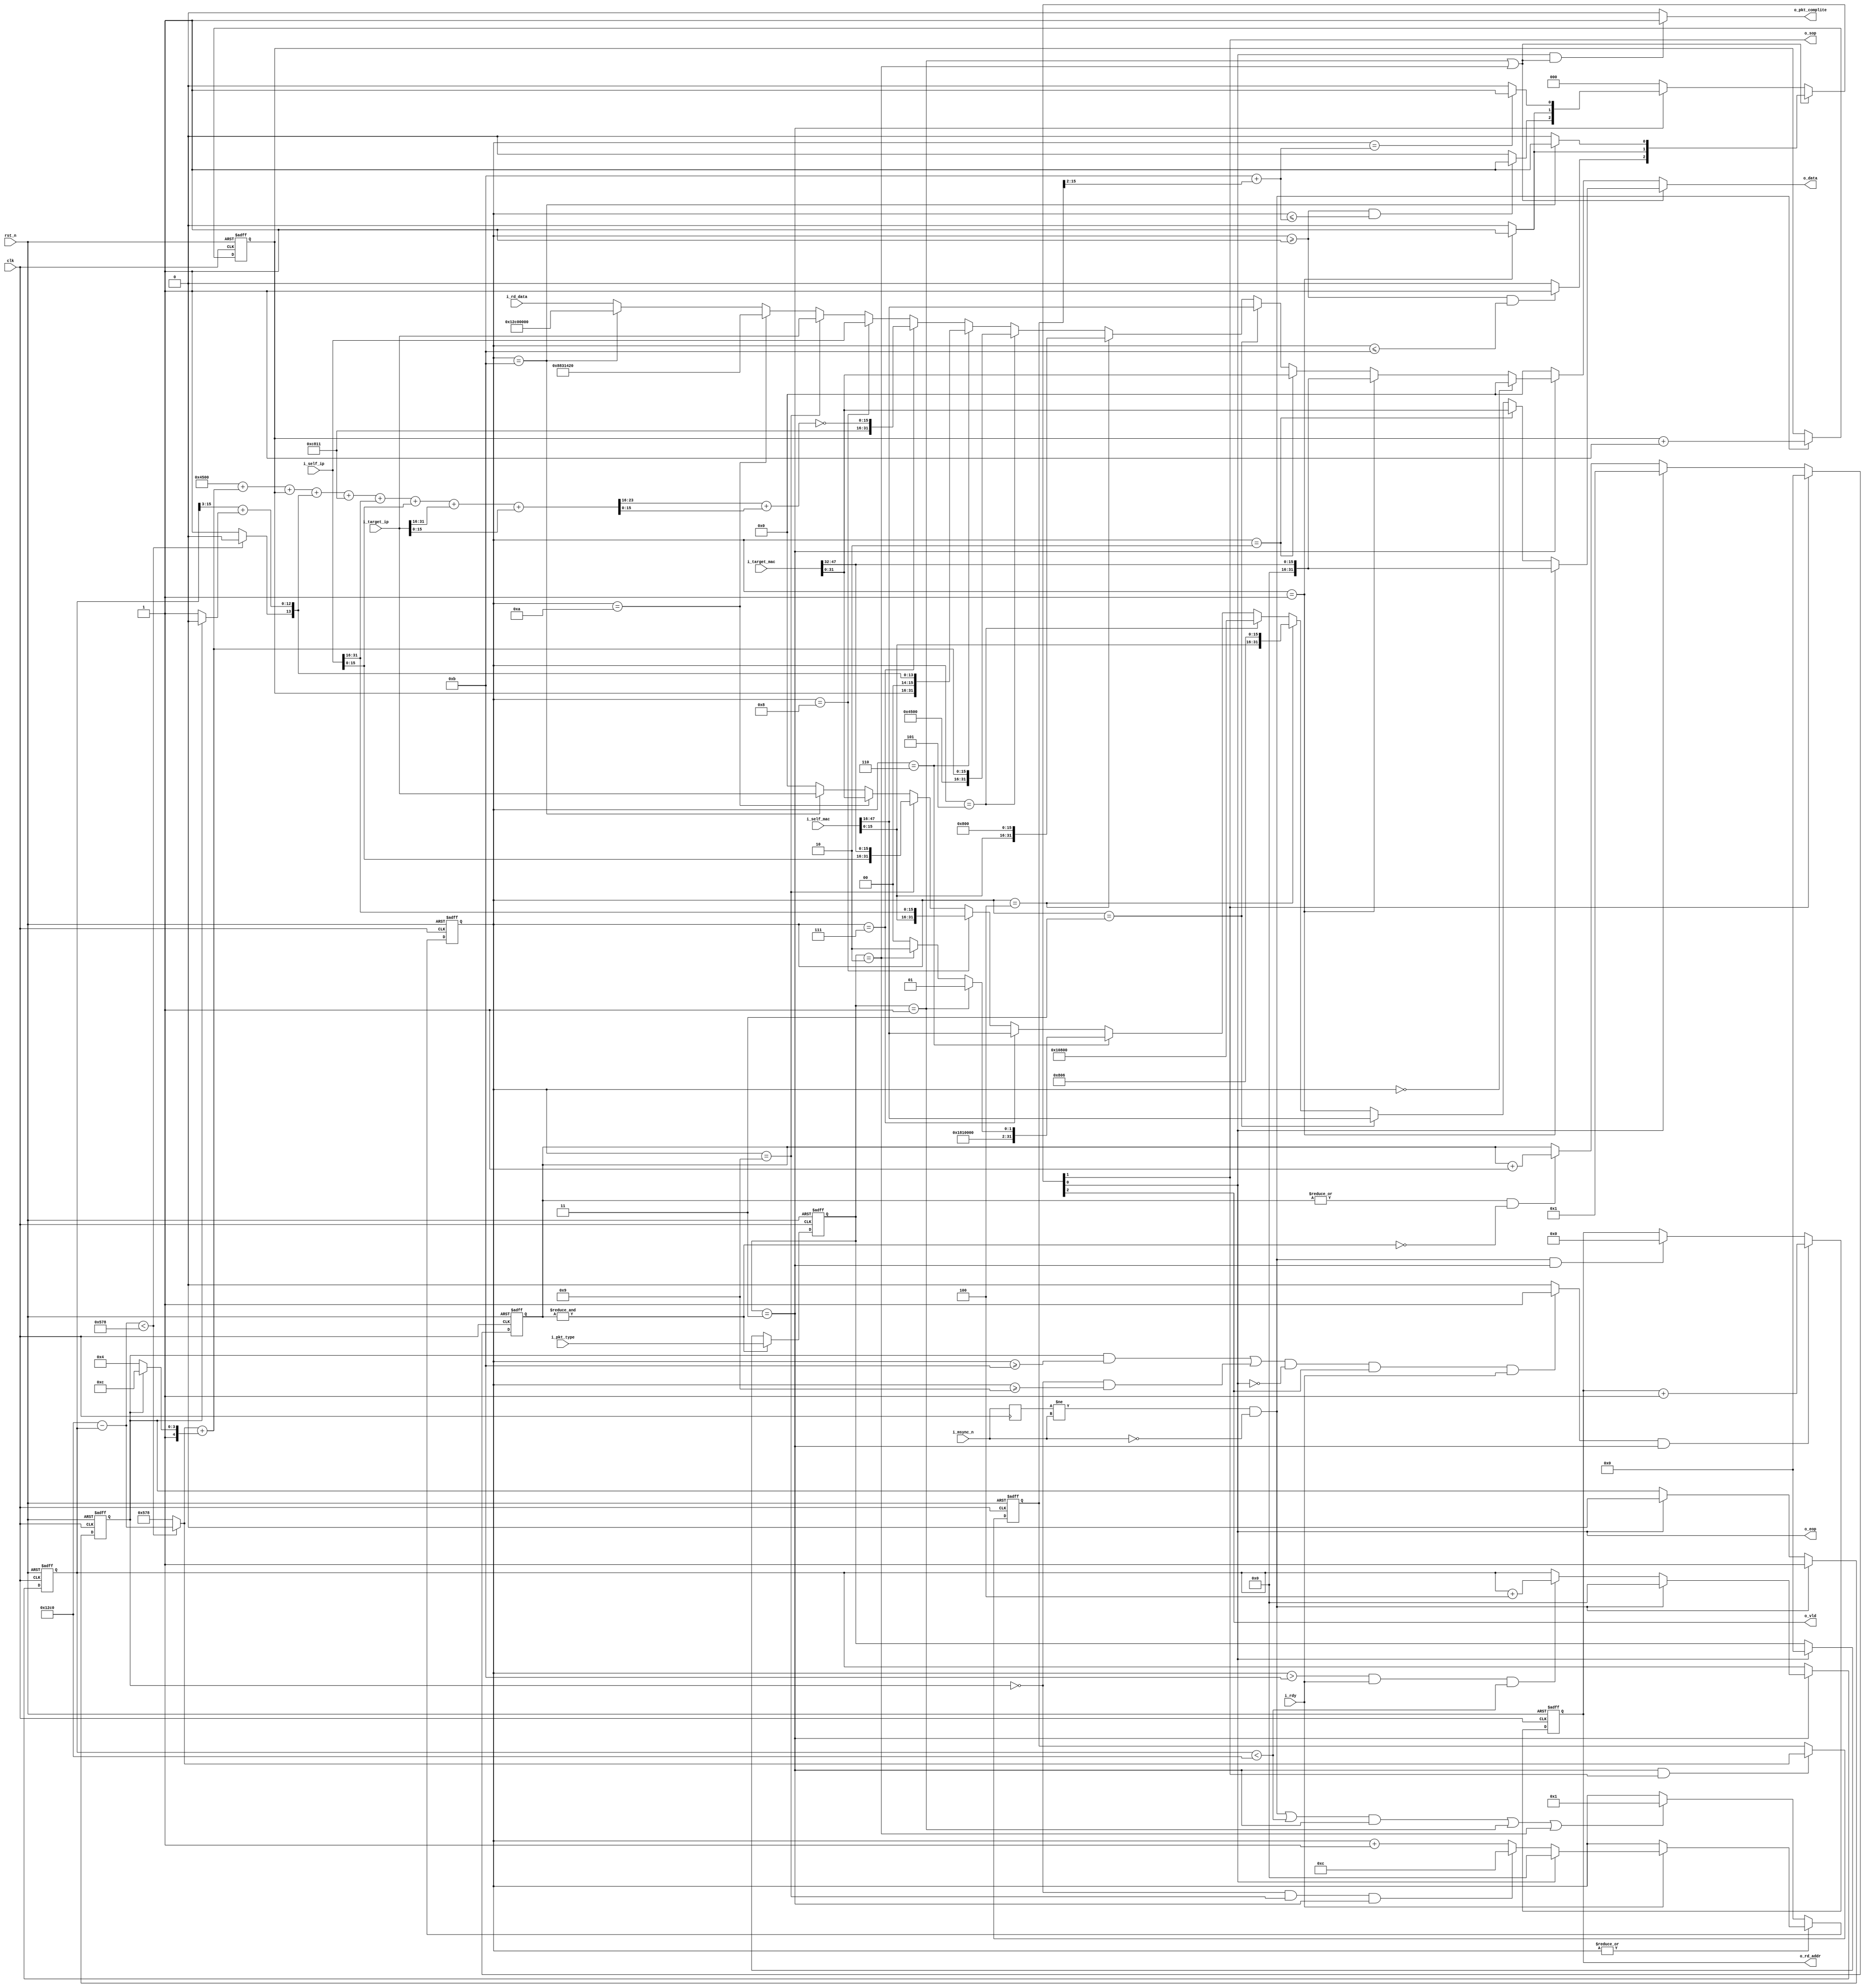
module eth_send(
	input						rst_n,
	input						clk,
	
	input		[3:0]			i_pkt_type,
	
	input		[47:0]			i_self_mac,
	input		[31:0]			i_self_ip,
	input		[47:0]			i_target_mac,
	input		[31:0]			i_target_ip,
	
	output		[31:0]			o_data,
	output						o_vld,
	input						i_rdy,
	output						o_eop,
	output						o_sop,
	
	output						o_pkt_complite,
	
	output		[9:0]			o_rd_addr,
	input		[31:0]			i_rd_data,
	
	input						i_msync_n	// Main Sync
);

reg				[3:0]			sender_ready;
always @ (posedge clk or negedge rst_n)
	if(~rst_n)
		sender_ready <= 4'd1;
	else
		if(ff_sop)
			sender_ready <= 4'd0;
		else
			if(ff_eop)
				sender_ready <= 4'd1;
			else
				if(|sender_ready && ~&sender_ready)
					sender_ready <= sender_ready + 4'd1;
			
reg				[3:0]			pkt_type;
always @ (posedge clk or negedge rst_n)
	if(~rst_n)
		pkt_type <= 4'd0;
	else
		if(&sender_ready)
			pkt_type <= i_pkt_type;
		else
			if(ff_eop)
				pkt_type <= 4'd0;


reg				[9:0]			rd_addr;
assign o_rd_addr = rd_addr;

wire							udp_data_stream;
//assign udp_data_stream = (send_step >= (16'h0B - (rd_addr == 10'd0 ? 16'd1 : 16'd0)) && ~o_eop && o_vld && i_rdy) ? 1'b1 : 1'b0; 
assign udp_data_stream = (((first_udp_part && send_step >= 16'h0B) || (~first_udp_part && send_step >= 16'h09))
	&& ~o_eop && o_vld && i_rdy) ? 1'b1 : 1'b0; 

reg				[31:0]			test_data;

always @ (posedge clk or negedge rst_n)
	if(~rst_n) begin
		rd_addr <= 10'd0;
		test_data <= 32'd0;
	end
	else
		if(udp_data_stream && pkt_type == UDP_PKT_TYPE) begin
			rd_addr <= rd_addr + 10'd1;
			test_data <= {22'd0, rd_addr};
		end
		else
			if(prev_msync_n != i_msync_n && ~i_msync_n && pkt_type == UDP_PKT_TYPE) begin
				rd_addr <= 10'd0;				
				test_data <= 32'd0;
			end
			

//============================================================================
// GLOBAL PARAMETERS
//============================================================================

parameter		[3:0]			ARP_REQ_PKT_TYPE = 4'd1;
parameter		[3:0]			ARP_RESP_PKT_TYPE = 4'd2;
parameter		[3:0]			UDP_PKT_TYPE = 4'd3;

//============================================================================
// ARP PARAMETERS
//============================================================================

wire			[1:0]			i_operation = 
	pkt_type == ARP_REQ_PKT_TYPE ? 2'd01 :
	pkt_type == ARP_RESP_PKT_TYPE ? 2'd02 : 2'd0;

wire 			[63:0]			arp_header;
parameter		[15:0]			ARP_HTYPE = 16'h0001;
parameter		[15:0]			ARP_PTYPE = 16'h0800;
parameter		[7:0]			ARP_HLEN = 8'h06;	//	MAC size
parameter		[7:0]			ARP_PLEN = 8'h04;	// for IPv4
assign arp_header = {ARP_HTYPE, ARP_PTYPE, ARP_HLEN, ARP_PLEN, {14'd0, i_operation}};

//============================================================================
// UDP PARAMETERS
//============================================================================

wire			[15:0]			fragment_size;
assign fragment_size = udp_data_len - udp_sended;

wire							fragment_flag;
assign fragment_flag = fragment_size < 16'd1400 ? 1'b0 : 1'b1;

parameter		[3:0]			ip_header_ver = 4'h4;			// 4 - for IPv4
parameter		[3:0]			ip_header_size = 4'h5;			// size in 32bit word's
parameter		[7:0]			ip_DSCP_ECN = 8'h00;			// ?
wire			[15:0]			ip_pkt_size;
assign  ip_pkt_size = (fragment_flag ? 16'd1400 : fragment_size) + (first_udp_part ? 16'h001C : 16'h0014);	// 16'h002E size of UDP packet
wire			[31:0]			ip_hdr1;
assign ip_hdr1 = {ip_header_ver, ip_header_size, ip_DSCP_ECN, ip_pkt_size};

//parameter		[15:0]			ip_pkt_id = 16'h0;				// pkt id
reg				[15:0]			ip_pkt_id;// = 16'h0;			// pkt id
wire			[2:0]			ip_pkt_flags;					// pkt flags
assign ip_pkt_flags = {2'd0, fragment_flag};
wire			[12:0]			ip_pkt_offset;					// pkt offset
assign ip_pkt_offset = {3'd0, udp_sended[15:3]} + (first_udp_part ? 13'd0 : 13'd1);
wire			[31:0]			ip_hdr2;
assign ip_hdr2 = {ip_pkt_id, ip_pkt_flags, ip_pkt_offset};

parameter		[7:0]			ip_pkt_TTL = 8'hC8;				// pkt TTL
parameter		[7:0]			ip_pkt_type = 8'd17;			// pkt UDP == 17
wire			[15:0]			ip_pkt_CRC;						// pkt flags
wire			[31:0]			tmp_crc;
assign tmp_crc = ip_hdr1[31:16] + ip_hdr1[15:0] +
	ip_hdr2[31:16] + ip_hdr2[15:0] + ip_hdr3[31:16] + 			// ip_hdr3[15:0] +
	src_ip[31:16] + src_ip[15:0] + dst_ip[31:16] + dst_ip[15:0];
assign ip_pkt_CRC = ~(tmp_crc[31:16] + tmp_crc[15:0]);
wire			[31:0]			ip_hdr3;	
assign ip_hdr3 = {ip_pkt_TTL, ip_pkt_type, ip_pkt_CRC};

//============================================================================
// MISC PARAMETERS
//============================================================================

wire			[47:0]			src_mac;
wire			[31:0]			src_ip;
wire			[47:0]			dst_mac;
wire			[31:0]			dst_ip;
assign src_mac = i_self_mac;
assign src_ip = i_self_ip;
assign dst_mac = i_target_mac;
assign dst_ip = i_target_ip;

wire			[15:0]			src_port;
wire			[15:0]			dst_port;
assign src_port = 16'd2179;
assign dst_port = 16'd5152;

wire			[47:0]			SHA;
wire			[31:0]			SPA;
wire			[47:0]			THA;
wire			[31:0]			TPA;
assign SHA = src_mac;
assign SPA = src_ip;
assign THA = dst_mac;
assign TPA = dst_ip;

wire							ff_vld;
wire							ff_sop;
wire							ff_eop;

reg				[15:0]			udp_frame_size;

always @ (posedge clk or negedge rst_n)
	if(~rst_n)
		udp_frame_size <= 16'd1400;
	else
		if(pkt_type == UDP_PKT_TYPE && ff_sop)
			udp_frame_size <= fragment_flag ? 16'd1400 : fragment_size;

wire			[15:0]			len;
assign len = 16'h0B + udp_frame_size[15:2];

assign {ff_vld, ff_sop, ff_eop} =
	(pkt_type == ARP_REQ_PKT_TYPE || pkt_type == ARP_RESP_PKT_TYPE) ?
			{send_step >= 16'h01 && send_step <= 16'h0B ? 1'b1 : 1'b0,
			send_step == 16'h01 ? 1'b1 : 1'b0,
			send_step == 16'h0B ? 1'b1 : 1'b0} :
		
	(pkt_type == UDP_PKT_TYPE) ?
			{send_step >= 16'h01 && send_step <= len ? 1'b1 : 1'b0,
			send_step == 16'h01 ? 1'b1 : 1'b0,
			send_step == len ? 1'b1 : 1'b0} : 3'd0;

assign o_vld = ff_vld;
assign o_sop = ff_sop;
assign o_eop = ff_eop;

// !TODO: add code for UDP_PKT_TYPE
assign o_pkt_complite = ff_eop && (pkt_type == ARP_REQ_PKT_TYPE || pkt_type == ARP_RESP_PKT_TYPE) ? 1'b1 : 1'b0;

reg				[15:0]			send_step;
//reg			[25:0]			send_delay;

reg				[0:0]			prev_msync_n;
always @ (posedge clk) prev_msync_n <= i_msync_n;

always @ (posedge clk or negedge rst_n)
	if(~rst_n)
		ip_pkt_id <= 16'd0;
	else	
		if(prev_msync_n != i_msync_n && ~i_msync_n)
			ip_pkt_id <= ip_pkt_id + 16'd1;

reg				[15:0]			udp_sended;
always @ (posedge clk or negedge rst_n)
	if(~rst_n)
		udp_sended <= 16'd0;
	else
		if(pkt_type == UDP_PKT_TYPE) begin
			if(prev_msync_n != i_msync_n && ~i_msync_n)
				udp_sended <= 16'd0;
			else
				if(send_step > 16'h0B && i_rdy && udp_sended < udp_data_len)
					udp_sended <= udp_sended + 16'd4;
		end
		
		
	reg			[0:0]			first_udp_part;
	
	always @ (posedge clk or negedge rst_n)	// for correct packet size
		if(~rst_n)
			first_udp_part <= 1'b0;
		else
			if(prev_msync_n != i_msync_n && ~i_msync_n)
				first_udp_part <= 1'b1;
			else
				if(ff_eop)
					first_udp_part <= 1'b0;
					

always @ (posedge clk or negedge rst_n)
	if(~rst_n)
		send_step <= 16'd0;
	else
		if(|{send_step}) begin
			if(i_rdy)			
				send_step <= ff_eop ? 16'd0 :
				(~first_udp_part && send_step == 16'h09 && pkt_type == UDP_PKT_TYPE) ? 16'h0C : send_step + 16'd1;
		end
		else
			if((((prev_msync_n != i_msync_n && ~i_msync_n) || (udp_sended < udp_data_len)) && pkt_type == UDP_PKT_TYPE) || 
						pkt_type == ARP_REQ_PKT_TYPE || 
						pkt_type == ARP_RESP_PKT_TYPE)
				send_step <= 16'd1;
				
wire			[31:0]			data;
assign o_data = data;


assign data = (pkt_type == ARP_REQ_PKT_TYPE || pkt_type == ARP_RESP_PKT_TYPE) ?
		send_step == 16'h01 ? {16'd0, dst_mac[47:32]} :
		send_step == 16'h02 ? dst_mac[31:0] :
		send_step == 16'h03 ? src_mac[47:16] :		
		send_step == 16'h04 ? {src_mac[15:0], 16'h0806} :	// packet type = ARP (16'h0806)
		send_step == 16'h05 ? arp_header[63:32] :
		send_step == 16'h06 ? arp_header[31:0] :
		send_step == 16'h07 ? SHA[47:16] :
		send_step == 16'h08 ? {SHA[15:0], SPA[31:16]} :
		send_step == 16'h09 ? {SPA[15:0], THA[47:32]} :
		send_step == 16'h0A ? THA[31:0] :
		send_step == 16'h0B ? TPA[31:0] : 32'd0 :
	(pkt_type == UDP_PKT_TYPE) ?
		send_step == 16'h00 ? 32'd0 :
		send_step == 16'h01 ? {16'd0, dst_mac[47:32]} :
		send_step == 16'h02 ? dst_mac[31:0] :
		send_step == 16'h03 ? src_mac[47:16] :
		send_step == 16'h04 ? {src_mac[15:0], 16'h0800} :	// packet type = IPv4 (16'h0800)
		send_step == 16'h05 ? ip_hdr1 :
		send_step == 16'h06 ? ip_hdr2 :
		send_step == 16'h07 ? ip_hdr3 :
		send_step == 16'h08 ? src_ip :
		send_step == 16'h09 ? dst_ip :
		send_step == 16'h0A ? {src_port, dst_port} :
		send_step == 16'h0B ? {udp_length, 16'd0} :			// udp crc = 0
		i_rd_data : 0;
		//test_data : 0;

parameter		[15:0]			udp_data_len = 16'd4800; //1024;

wire			[15:0]			udp_length;
assign udp_length = udp_data_len; // + 16'd8;

//============================================================================
// UDP SEND
//============================================================================

endmodule